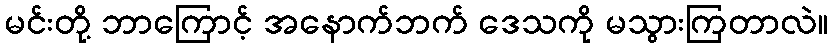
မင်းတို့ ဘာကြောင့် အနောက်ဘက် ဒေသကို မသွားကြတာလဲ။